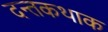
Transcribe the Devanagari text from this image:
दन्तकथाक